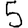
Digit: 5